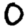
Digit: 0